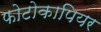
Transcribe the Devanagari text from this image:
फोटोकापियर